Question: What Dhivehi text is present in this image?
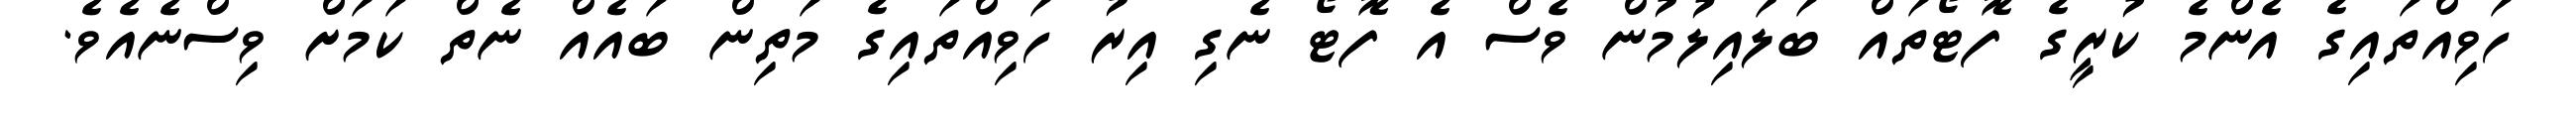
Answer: ހަވިއްތައިގެ އެންމެ ކުރީގެ ފޮޓޯތައް ބަލައިލުމުން ވެސް އެ ފޮޓޯ ނެގި އިރު ހަވިއްތައިގެ މަތިން ބައެއް ނެތް ކަމަށް ވިސްނެއެވެ.